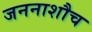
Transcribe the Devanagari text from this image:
जननाशौच